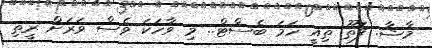
މާޝާ. ފަތޫ ތިއީ ހަމަ ބެސްޓް.. މި ވާހަކަ ވެސް ވަރަށް ރީތި